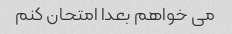
می خواهم بعدا امتحان کنم